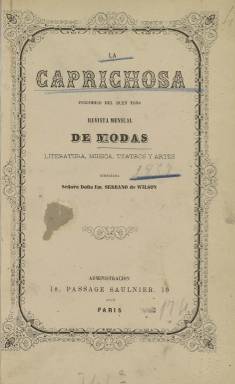
Título: La Caprichosa (Paris)
Colección: Revistas femeninas || Moda
Ámbito geográfico: Francia
Lugar de publicación: Paris
Fechas: 01/05/1857-30/04/1858

Autodefinida como “revista de buen tono” (en referencia a la moda como “la reina del buen-tono”), añade a su subtítulo la indicación “revista mensual de modas, literatura, música, teatros y artes”, siendo estampada en la parisina Imprenta Aubusson y Kugelmann. Su fundadora, directora y principal redactora será la granadina Emilia Serrano García (1833-1922), quien la editará preferentemente para el público femenino de la alta burguesía y la aristocracia que formaba parte de la colonia española e hispano-americana asentada en la capital francesa durante el tiempo que la editó, entre 1857 y 1860. Su “primera” suscriptora será, precisamente, la emperatriz de Francia, la también granadina Eugenia de Montijo (1826-1920), consorte de Napoleón III.

La propia Emilia Serrano, hija del notario y diplomático Ramón Serrano y de María García, era otra de esas españolas entonces afincadas en París, en donde entablará amistad con políticos y literatos románticos franceses como Alphonse de Lamartine (1790-1869), Alejandro Dumas (1824-1895) o el español José Zorrilla (1817-1893), quien se enamoraría de ella durante su exilio -en 1852- y luego la haría aparecer en sus versos con el nombre de Leila.

La que será reconocida como destacada poeta, periodista y políglota española publicó La Caprichosa en entregas de veinte páginas, con cubierta, y foliación propia cada una, pero sin secuenciar, aunque sus artículos van datados, en concreto los que abren cada número, firmados por la propia Emilia Serrano de Wilson, apellido este que había adoptado de su marido -el Barón de Wilson-, del que quedaría viuda a los dos años de contraer matrimonio.

Las entregas de la revista estarán compuestas con clara y bella tipografía y en papel de calidad, y a cada una de ellas le acompañará una lámina policromada de figurines de moda femenina.

Emilia Serrano, como autora de su sección Revista de la Moda, que hará extensible después a “salones y teatros”, abre cada entrega, en donde describe y valora la moda que se viste en salones y otros espacios de esparcimiento lúdico público y privado parisino: conciertos, teatros, pero sobre todo salones; e indica cuáles eran las prendas (vestidos, corpiños, enaguas, manteletas, encajes, sombreros, tejidos, colores, etc.), que más estaban de moda en París, con indicación a veces de modistos o casas comerciales. También describirá algún baile en cafés populares, y hará especial mención a quienes integraban la colonia española e hispanoamericana en París, a través de su actividad en sus propios salones, y todo ello en un correcto, ameno e interesante estilo periodístico, aliñado con referencias literarias de esmerado gusto.

Emilia Serrano también incluirá en su revista parte de Un viaje a la luna, un texto de Alejandro Dumas de la que era traductora, así como otras narraciones de otros autores. En sus páginas insertará asimismo un buen número de composiciones en verso y otros textos (algunos de ellos datados en París) de José Zorrila, María Pilar Sinués de Marco, Ángela Grassi, Santiago Infante de Palacios, Fernando José Gargollo, José María de Ugarte, Julio Nombela, Antonio de Trueba o J.M. Torres Carcedo. Y, por último, dará cuenta breve de algunas novedades literarias, variedades o algunas noticias comerciales, además del texto con la explicación de cada figurín.

Emilia Serrano, además de ser autora de un gran número de obras en verso, novelas y trabajos biográficos publicados en París, Madrid, Barcelona, México o La Habana, fue colaboradora en decenas de revistas y periódicos, viajó a América en diferentes ocasiones y llegó a recorrerla desde Canadá a la Patagonia, fundó y dirigió asimismo, entre otros, El Eco hispano-americano (Madrid: 1854), El Último figurín (Madrid: 1871-1872), La Nueva caprichosa (La Habana: 1906-1912), El Semanario del Pacífico (Lima), El Continente americano (México) o La Crónica ilustrada (Barcelona). Llegó a pertenecer a la sociedad femenina madrileña Las Hijas del Sol y fue socia de un buen número de entidades académicas y culturales. Su vida itinerante y cosmopolita le privó de estar asentada en ningún lugar concreto y habiendo sido más reconocida en Hispanoamérica que en España, falleció en Barcelona.

La colección de este título en la Biblioteca Nacional de España (BNE) no está completa y contiene varias entregas desde mayo de 1857 a abril de 1858; tampoco lo está completa en la Biblioteca Nacional de Francia. Estuvo apareciendo hasta el número 38, de junio de 1860. A partir de enero de 1859 cambió su formato y subtítulo, que fue entonces "revista universal del Nuevo Mundo", indicando en la portada que su director era el barón Eugène Guillemot (antiguo ministro francés), mientras que su redactora principal lo era Emilia Serrano, quién retomaría la dirección en octubre de ese año, aunque a partir de enero de 1860 se autodefinirá de nuevo como redactora en jefe. Entonces la sección Revista de teatros apareció firmada con el seudónimo Leila. En enero de 1861 la publicación reapareció con nuevo título: La Nueva caprichosa, impresa en Madrid, publicando un total de doce entregas mensuales, que forman también parte de la colección de la Biblioteca Nacional de España. Como bibliografía de referencia señalamos los trabajos de Emilia Correa Ramón, en Renacimiento (2001-2002), Françoise Etienvre (2006) y la tesis doctoral de María Isabel Mena Mora, en la Universidad Andina Simón Bolívar (Ecuador).